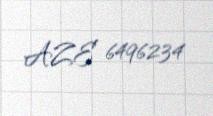
AZE 6496234